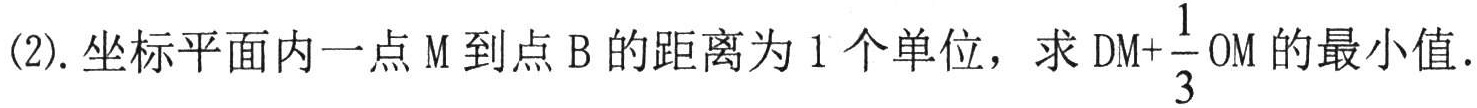
(2). 坐标平面内一点\(M\)到点\(B\)的距离为\(1\)个单位，求\(DM+\dfrac{1}{3}OM\)的最小值.